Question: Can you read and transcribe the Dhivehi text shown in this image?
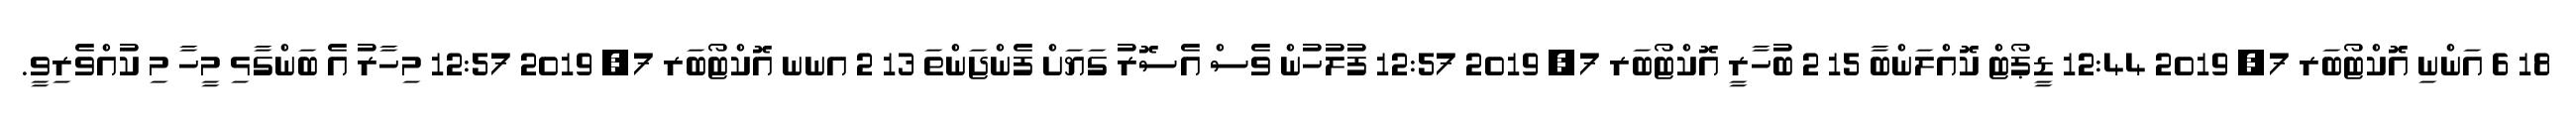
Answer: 18 6 އަންނި އޮކްޓޯބަރ 7, 2019 12:44 ޑީޕޯޓް ކޮއްލަންބާ 15 2 ބުހާރީ އޮކްޓޯބަރ 7, 2019 12:57 ފުލުހުން ވެސް އެސޮރު ގަޔަށް ފެންޖަންތަ 13 2 އނނ އޮކްޓޯބަރ 7, 2019 12:57 މިހާރު އެ ބަންގާޅި މީހާ މި ކުއްވެރިވީ.